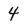
Character: 4